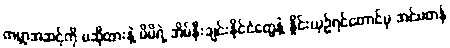
ကမ္ဘာ့အဆင့်ကို မဆိုထားနဲ့ မိမိရဲ့ အိမ်နီးချင်းနိုင်ငံတွေနဲ့ နှိုင်းယှဉ်ရင်တောင်မှ အင်မတန်